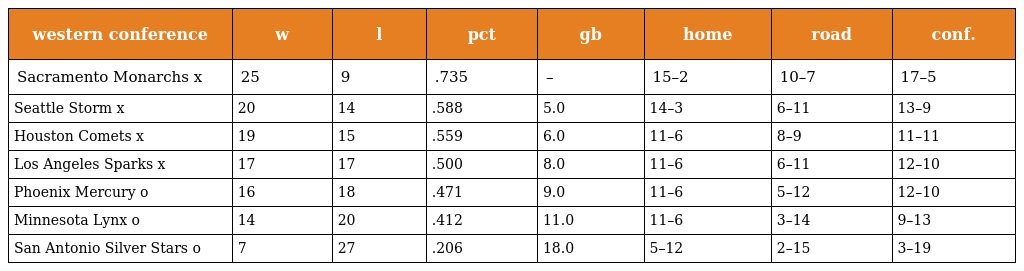
| western conference | w | l | pct | gb | home | road | conf. |
 | --- | --- | --- | --- | --- | --- | --- | --- |
 | Sacramento Monarchs x | 25 | 9 | .735 | – | 15–2 | 10–7 | 17–5 |
 | Seattle Storm x | 20 | 14 | .588 | 5.0 | 14–3 | 6–11 | 13–9 |
 | Houston Comets x | 19 | 15 | .559 | 6.0 | 11–6 | 8–9 | 11–11 |
 | Los Angeles Sparks x | 17 | 17 | .500 | 8.0 | 11–6 | 6–11 | 12–10 |
 | Phoenix Mercury o | 16 | 18 | .471 | 9.0 | 11–6 | 5–12 | 12–10 |
 | Minnesota Lynx o | 14 | 20 | .412 | 11.0 | 11–6 | 3–14 | 9–13 |
 | San Antonio Silver Stars o | 7 | 27 | .206 | 18.0 | 5–12 | 2–15 | 3–19 |